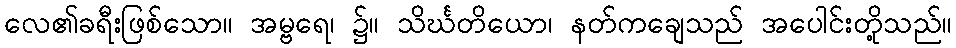
လေ၏ခရီးဖြစ်သော။ အမ္ဗရေ၊ ၌။ သိင်္ဃတိယော၊ နတ်ကချေသည် အပေါင်းတို့သည်။